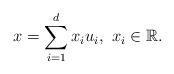
LaTeX: \begin{align*}x=\sum_{i=1}^{d}x_{i}u_{i},\ x_{i}\in\mathbb{R}.\end{align*}